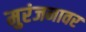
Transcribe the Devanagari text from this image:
मुरंजनावर